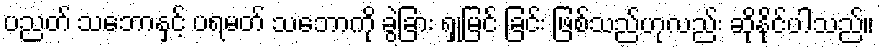
ပညတ် သဘောနှင့် ပရမတ် သဘောကို ခွဲခြား ရှုမြင် ခြင်း ဖြစ်သည်ဟုလည်း ဆိုနိုင်ပါသည်။